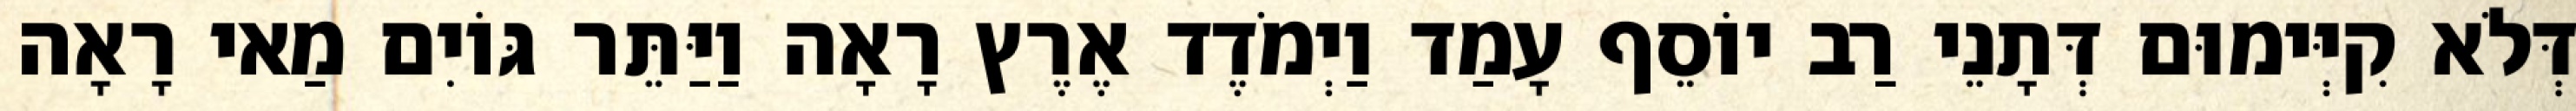
דְּלֹא קִיְּימוּם דְּתָנֵי רַב יוֹסֵף עָמַד וַיְמֹדֶד אֶרֶץ רָאָה וַיַּתֵּר גּוֹיִם מַאי רָאָה